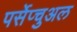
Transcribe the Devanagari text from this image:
पर्सेप्चुअल